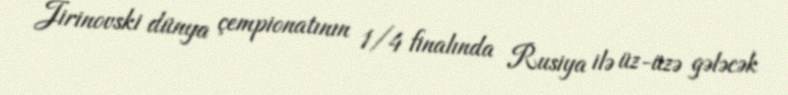
Jirinovski dünya çempionatının 1/4 finalında Rusiya ilə üz-üzə gələcək